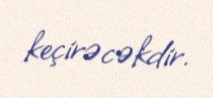
keçirəcəkdir.